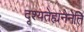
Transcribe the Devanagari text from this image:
दृश्यतेह्यनेनेति